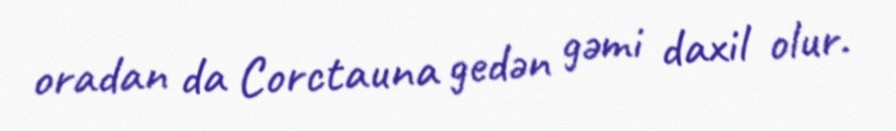
oradan da Corctauna gedən gəmi daxil olur.